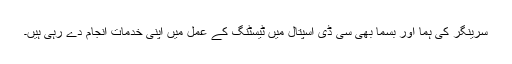
سرینگر کی ہُما اور بِسما بھی سی ڈی اسپتال میں ٹیسٹنگ کے عمل میں اپنی خدمات انجام دے رہی ہیں۔